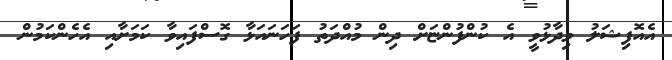
އެއޮފިޝަލު ވިދާޅުވީ އެ ކުންފުންޏަށް ދިން މުއްދަތު ފަހަނައަޅާ ގޮސްފައިވާ ކަމަށާއި އެހެންކަމުން